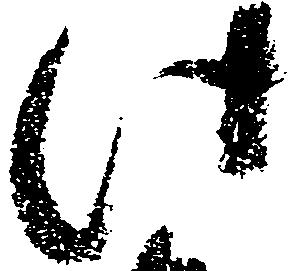
此